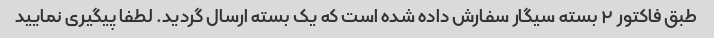
طبق فاکتور ۲ بسته سیگار سفارش داده شده است که یک بسته ارسال گردید. لطفا پیگیری نمایید